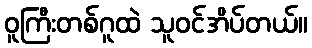
ဝူကြီးတစ်ဂူထဲ သူဝင်အိပ်တယ်။